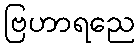
ဗြဟာရညေ